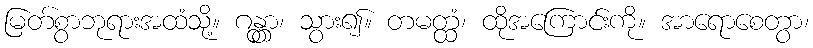
မြတ်စွာဘုရားအထံသို့။ ဂန္တွာ၊ သွား၍။ တမတ္ထံ၊ ထိုအကြောင်းကို။ အာရောစေတွာ၊